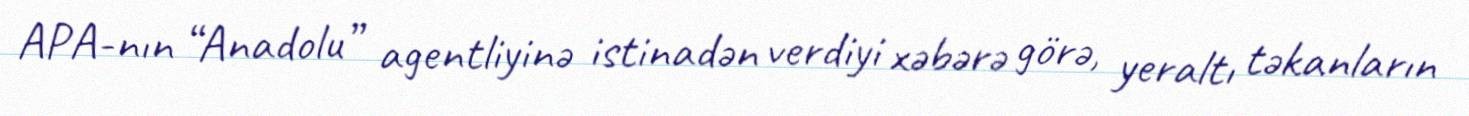
APA-nın “Anadolu” agentliyinə istinadən verdiyi xəbərə görə, yeraltı təkanların